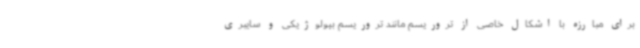
برای مبارزه با اشکال خاصی از تروریسم مانند تروریسم بیولوژیکی و سایبری